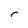
Character: r